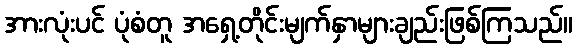
အားလုံးပင် ပုံစံတူ အရှေ့တိုင်းမျက်နှာများချည်းဖြစ်ကြသည်။